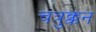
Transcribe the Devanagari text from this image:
चत्रुक्कन